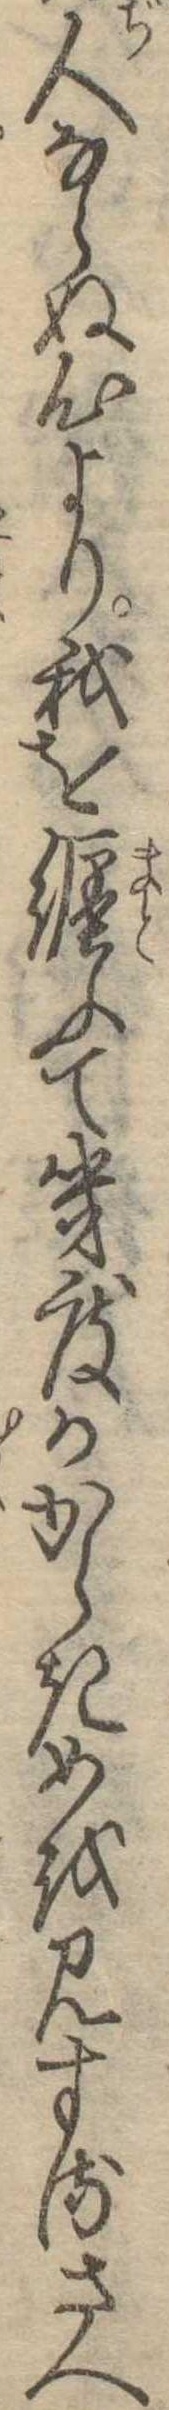
人ならぬ心より我を纏ふて幾度かからきめを見するさへ